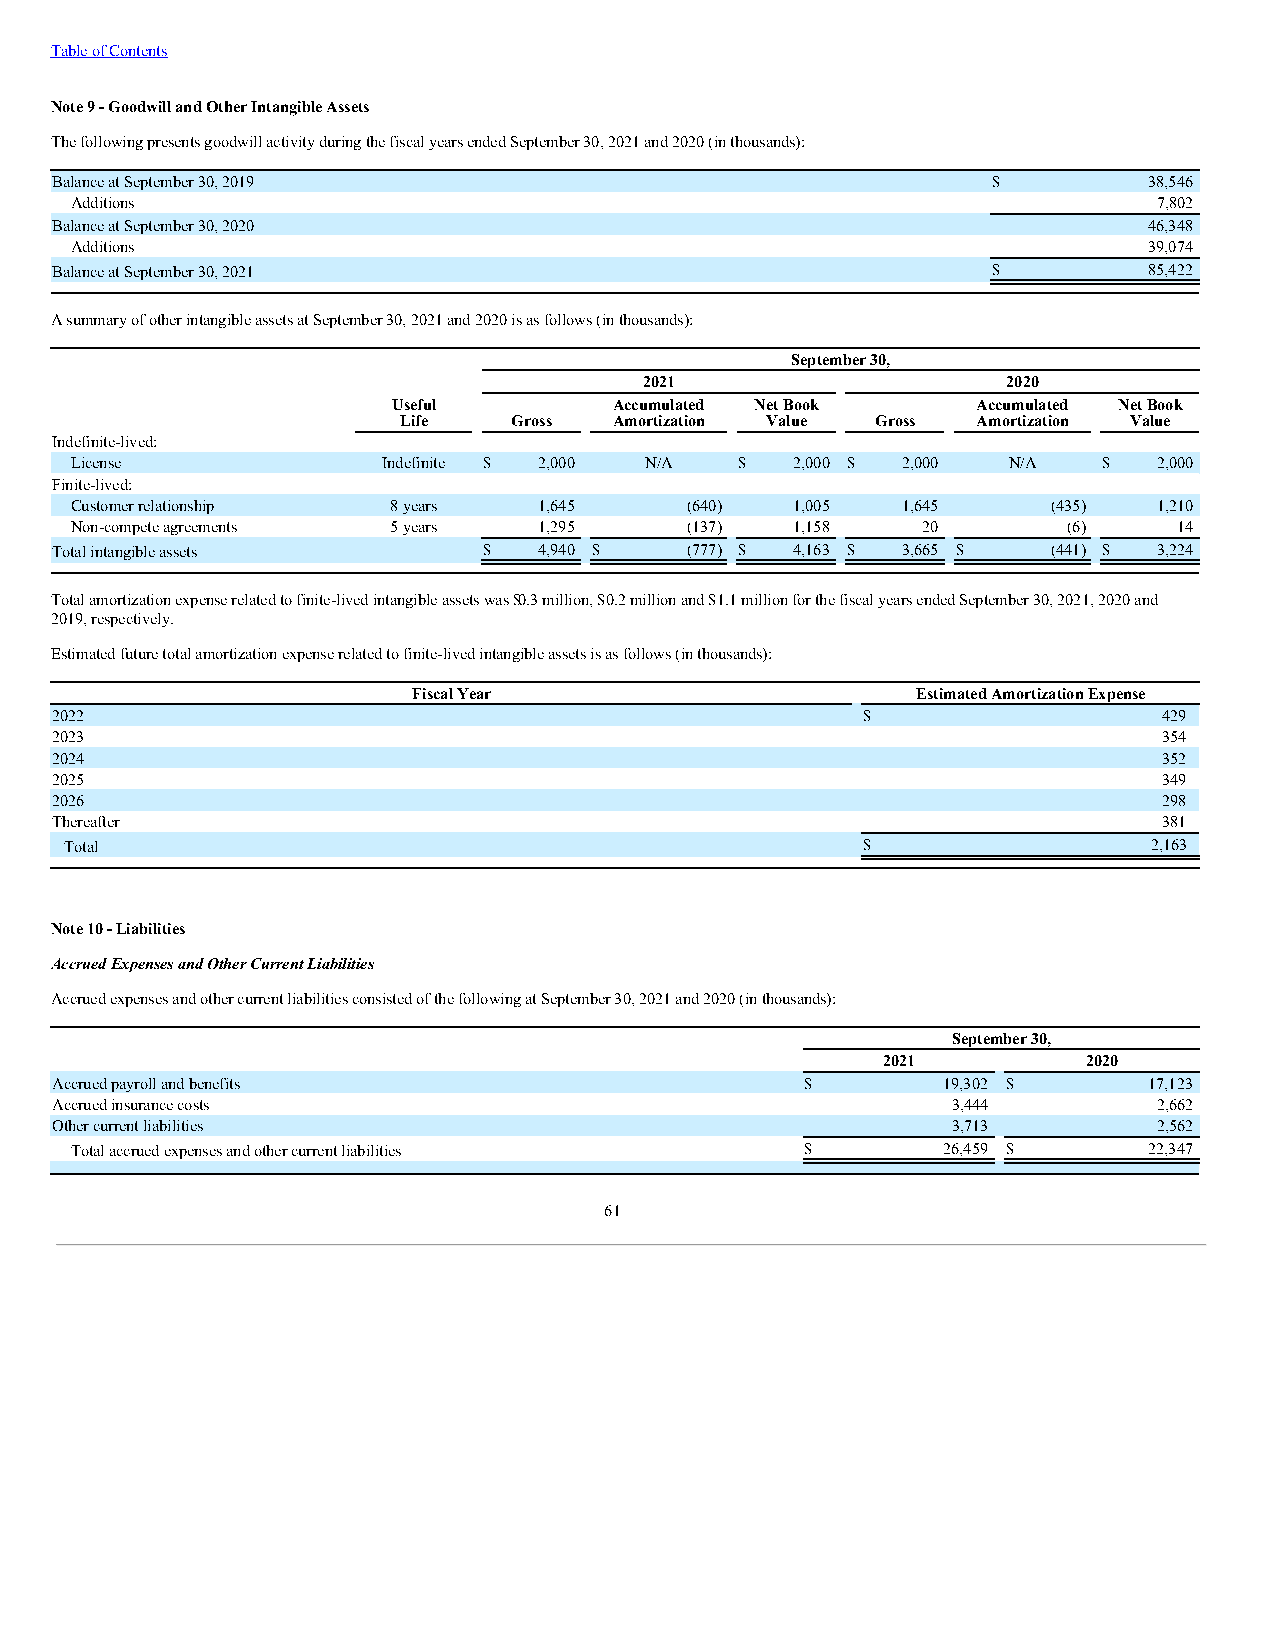
Table of Contents
 Note 9 - Goodwill and Other Intangible Assets
 The following presents goodwill activity during the fiscal years ended September 30, 2021 and 2020 (in thousands):
 Balance at September 30, 2019                                  $         38,546
 Additions                                                               7,802
 Balance at September 30, 2020                                            46,348
 Additions                                                              39,074
 Balance at September 30, 2021                                  $         85,422
 A summary of other intangible assets at September 30, 2021 and 2020 is as follows (in thousands):
 September 30,
 2021                    2020
 Useful         Accumulated Net Book    Accumulated Net Book
 Life    Gross  Amortization Value Gross Amortization Value
 Indefinite-lived:
 License             Indefinite $ 2,000 N/A  $   2,000 $ 2,000 N/A   $   2,000
 Finite-lived:
 Customer relationship 8 years  1,645    (640)   1,005  1,645     (435)  1,210
 Non-compete agreements 5 years 1,295    (137)   1,158   20        (6)    14
 Total intangible assets      $   4,940 $  (777) $ 4,163 $ 3,665 $  (441) $ 3,224
 Total amortization expense related to finite-lived intangible assets was $0.3 million, $0.2 million and $1.1 million for the fiscal years ended September 30, 2021, 2020 and
 2019, respectively.
 Estimated future total amortization expense related to finite-lived intangible assets is as follows (in thousands):
 Fiscal Year                       Estimated Amortization Expense
 2022                                                  $                   429
 2023                                                                      354
 2024                                                                      352
 2025                                                                      349
 2026                                                                      298
 Thereafter                                                                381
 Total                                                $                  2,163
 Note 10 - Liabilities
 Accrued Expenses and Other Current Liabilities
 Accrued expenses and other current liabilities consisted of the following at September 30, 2021 and 2020 (in thousands):
 September 30,
 2021          2020
 Accrued payroll and benefits                      $        19,302 $      17,123
 Accrued insurance costs                                     3,444         2,662
 Other current liabilities                                   3,713         2,562
 Total accrued expenses and other current liabilities $   26,459 $      22,347
 61